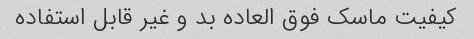
کیفیت ماسک فوق العاده بد و غیر قابل استفاده